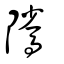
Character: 騭